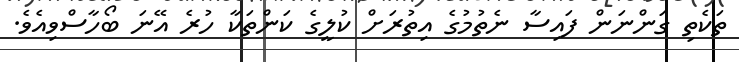
ތަކެތި ގަންނަން ފައިސާ ނެތުމުގެ އިތުރަށް ކުލީގެ ކަންތަކާ ހުރެ އޭނަ ބޯހާސްވިއެވެ.